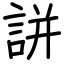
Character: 誁